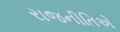
રાજનીતિએ